Annual report on the working of the lock hospitals in the Central Provinces
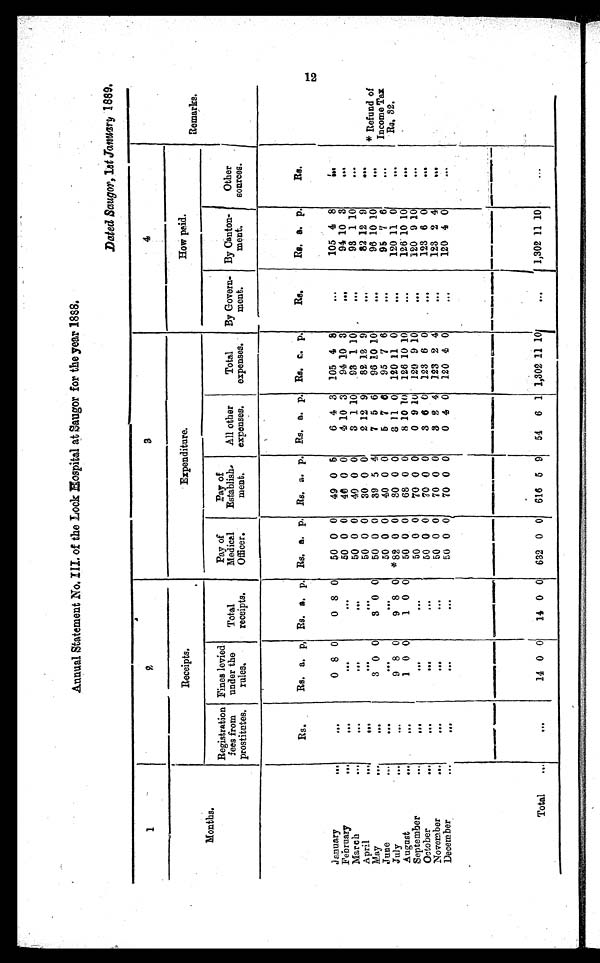
Annual Statement No. of the Lock Hospital at Saugor for the year 1888.
Dated Saugor,1st January 1889.
1
2
3
4
Receipts.
Expenditure.
How paid.
Remarks.
Months.
Registration
fees from
prostitutes.
Fines levied
under the
rules,
Total
receipts.
Pay of
Medical
Officer.
Pay of
Establish
-ment.
All other
expenses.
Total
expenses.
By Govern-
ment.
By Canton-
ment.
Other
sources.
Rs.
Rs. a. p,
Rs .
a
p
Rs. a. p. Rs. a. p. Rs. a. p. Rs, a. p.
Rs.
Re. a. p.
Rs.
January
. . .
. . .
0 8 0
0 8 0
50 0 0
49 0 5
6 4 3 105 4 8
. . .
105 4 8
. . .
February
...
. . .
...
. . .
50 0 0
40 0 0
41 10 3
94 10 3
. . .
94 10 3
. . .
March
••.
. . .
...
. . .
50 0 0
49 0 0
3 1 10
93 110 .
...
93 1 10
...
April
. . .
. . .
. . . ...
50 0 0
30 0 0
2 12 9
82 12 9
. . .
82 12 9
.....
May
. ..
...
3 0 0
3 0 0
50 0 0
39 5 4
7 5 6
96 10 10
. . .
96 10 10
. . .
* Refund of
Income Tax
Rs. 32,
June
. . .
. . .
. . .
. . .
50 0 0
40 0 0
5 7 0
95 7 6
...
95 7 6.
. . .
July
...
. . .
9 8 0
9 8 0 *82 0 0
30 0 0
8 11 0
120 11 0
...
120 11 0
. . .
August
...
„,
1 0 0
1 0 0
50 0 0
68 0 0
8 10 10
126 10 10
•••
126 10 10
. . .
. . .
September
...
...
. . .
. . .
50 0 0
70 0 0
0 9 10
129 9 10
. . .
120 9 10
•••
October
...
•••
,,,
•••
50 0 0
70 0 0 3 6 0 123 6 0 ...
123 6 0
. . .
November
...
. . .
...
. . .
50 0 0
70 0 0
3 2 4
123 2 4
..
123 2 4
. . .
December
..
. . . .
. . .
. . . •••
50 0 0
70 0 0
0 4 0
120 4 0
. . .
120 4 0
. . .
Total
...
. . .
14 0 0
14 0 0
632 0 0
616 5 9
54
6 1 1,302
1 1
10
. . .
1,30211
1 1
10
. . .
. . .